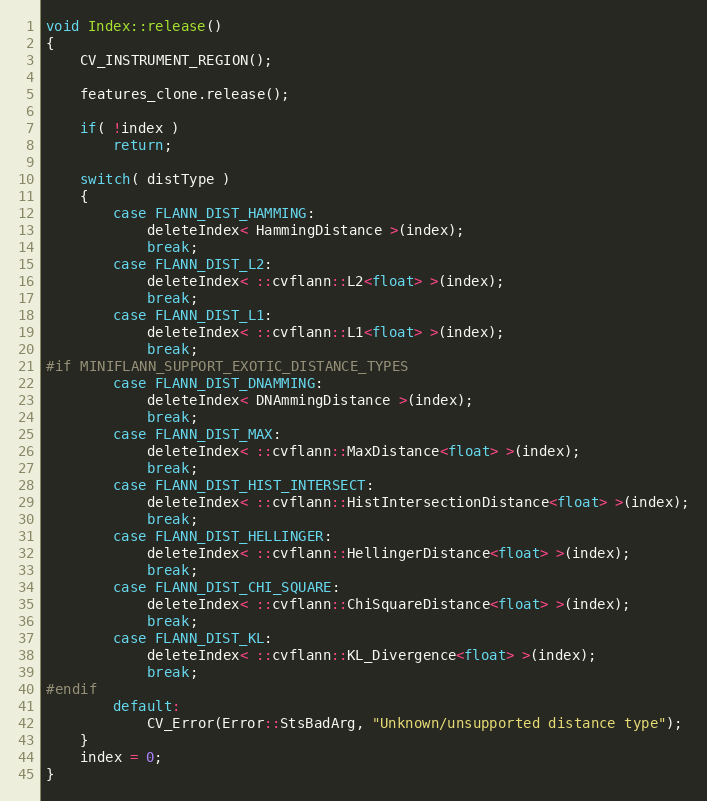
Language: C++
void Index::release()
{
    CV_INSTRUMENT_REGION();

    features_clone.release();

    if( !index )
        return;

    switch( distType )
    {
        case FLANN_DIST_HAMMING:
            deleteIndex< HammingDistance >(index);
            break;
        case FLANN_DIST_L2:
            deleteIndex< ::cvflann::L2<float> >(index);
            break;
        case FLANN_DIST_L1:
            deleteIndex< ::cvflann::L1<float> >(index);
            break;
#if MINIFLANN_SUPPORT_EXOTIC_DISTANCE_TYPES
        case FLANN_DIST_DNAMMING:
            deleteIndex< DNAmmingDistance >(index);
            break;
        case FLANN_DIST_MAX:
            deleteIndex< ::cvflann::MaxDistance<float> >(index);
            break;
        case FLANN_DIST_HIST_INTERSECT:
            deleteIndex< ::cvflann::HistIntersectionDistance<float> >(index);
            break;
        case FLANN_DIST_HELLINGER:
            deleteIndex< ::cvflann::HellingerDistance<float> >(index);
            break;
        case FLANN_DIST_CHI_SQUARE:
            deleteIndex< ::cvflann::ChiSquareDistance<float> >(index);
            break;
        case FLANN_DIST_KL:
            deleteIndex< ::cvflann::KL_Divergence<float> >(index);
            break;
#endif
        default:
            CV_Error(Error::StsBadArg, "Unknown/unsupported distance type");
    }
    index = 0;
}